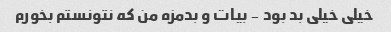
خیلی خیلی بد بود - بیات و بدمزه من که نتونستم بخورم